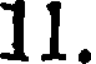
11.